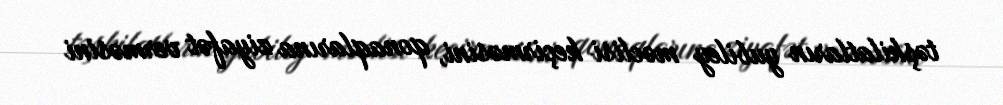
təşkilatların yubiley məclisi keçirməsini, qonaqlarına ziyafət verməsini